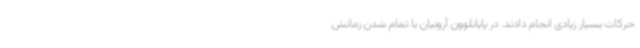
حرکات بسیار زیادی انجام دادند. در پایانلوون آرونیان با تمام شدن زمانش